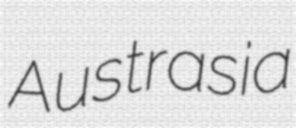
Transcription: Austrasia